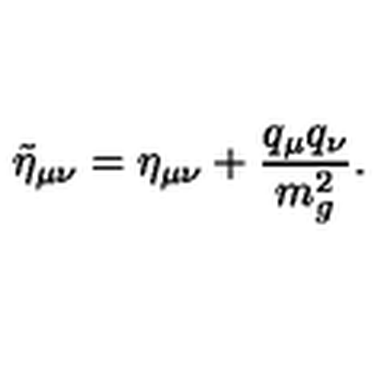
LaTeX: \tilde { \eta } _ { \mu \nu } = \eta _ { \mu \nu } + \frac { q _ { \mu } q _ { \nu } } { m _ { g } ^ { 2 } } .